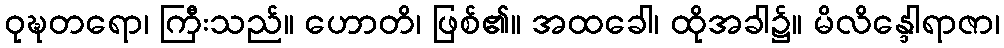
ဝုဍ္ဎတရော၊ ကြီးသည်။ ဟောတိ၊ ဖြစ်၏။ အထခေါ၊ ထိုအခါ၌။ မိလိန္ဒေါရာဇာ၊